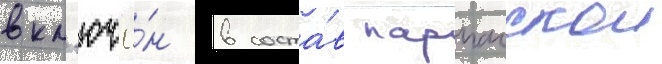
вкл'ючё́н в соста́в парпачскои